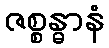
ဇစ္စန္ဓာနံ